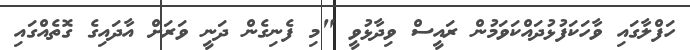
ހަފްލާގައި ވާހަކަފުޅުދައްކަވަމުން ރައީސް ވިދާޅުވީ "މި ފެނިގެން ދަނީ ވަރަށް އާދައިގެ ގޮތެއްގައި